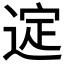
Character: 𫐲